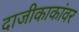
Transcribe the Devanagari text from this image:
दाजीकाकांवर